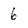
Character: 6